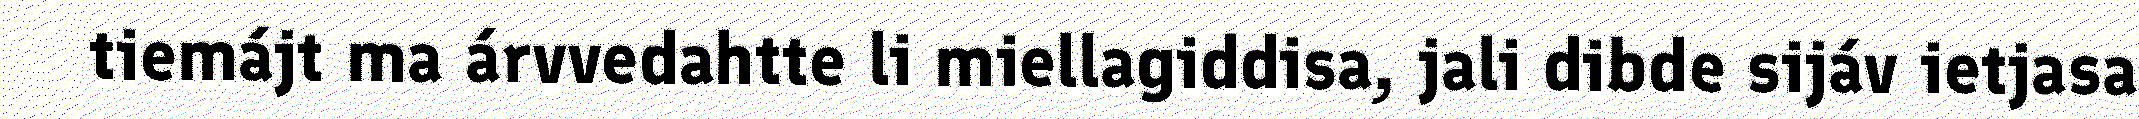
tiemájt ma árvvedahtte li miellagiddisa, jali dibde sijáv ietjasa